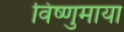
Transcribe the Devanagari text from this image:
विष्णुमाया